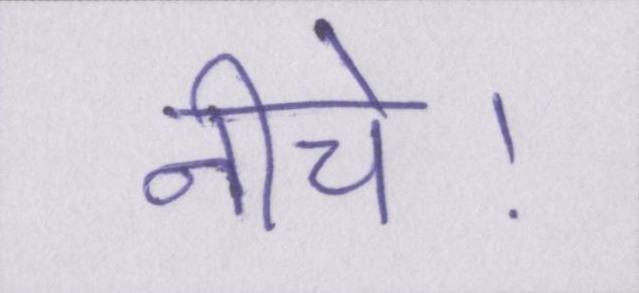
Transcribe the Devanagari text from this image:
नीचे।